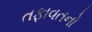
તફાવતનો